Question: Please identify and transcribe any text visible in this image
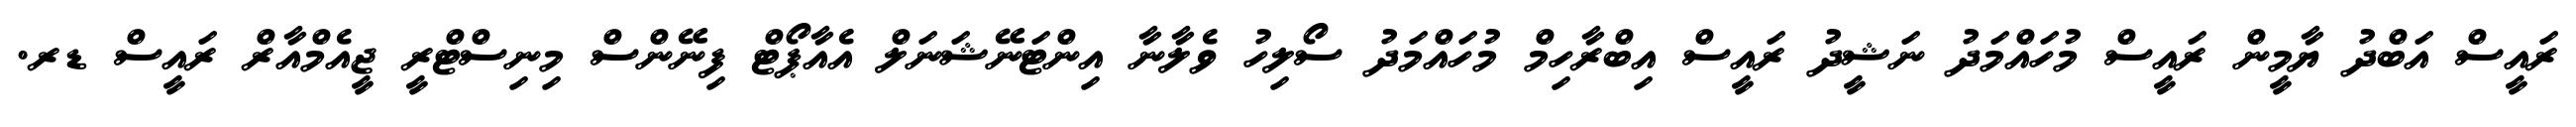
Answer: ރައީސް އަބްދު ޔާމީން ރައީސް މުހައްމަދު ނަޝީދު ރައީސް އިބްރާހިމް މުހައްމަދު ސޯލިހު ވެލާނާ އިންޓަނޭޝަނަލް އެއާޕޯޓް ފިނޭންސް މިނިސްޓްރީ ޖީއެމްއާރް ރައީސް ޑރ.